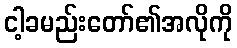
ငါ့ခမည်းတော်၏အလိုကို